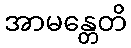
အာမန္တေတိ